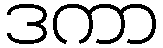
ဒကာ